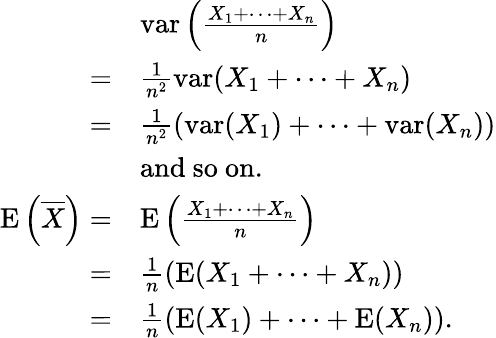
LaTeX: \begin{array}{rl}&{\operatorname{var}\left(\frac{X_{1}+\cdots+X_{n}}n\right)}\\ {=}&{\frac 1{n^{2}}\operatorname{var}(X_{1}+\cdots+X_{n})}\\ {=}&{\frac 1{n^{2}}\left(\operatorname{var}(X_{1})+\cdots+\operatorname{var}(X_{n})\right)}\\ &{\mathrm{and~so~on.}}\\ {\operatorname E\left(\overline{X}\right)=}&{\operatorname E\left(\frac{X_{1}+\cdots+X_{n}}n\right)}\\ {=}&{\frac 1n\left(\operatorname E(X_{1}+\cdots+X_{n})\right)}\\ {=}&{\frac 1n\left(\operatorname E(X_{1})+\cdots+\operatorname E(X_{n})\right).}\end{array}